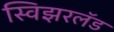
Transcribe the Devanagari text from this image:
स्विझरलॅड